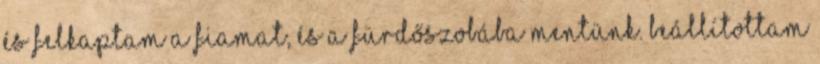
és felkaptam a fiamat, és a fürdőszobába mentünk. Beállítottam